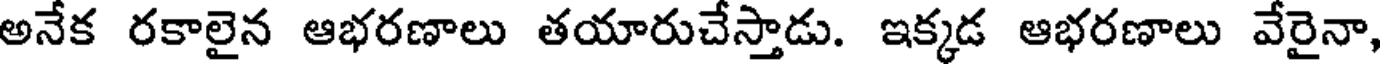
అనేక రకాలైన ఆభరణాలు తయారుచేస్తాడు. ఇక్కడ ఆభరణాలు వేరైనా,